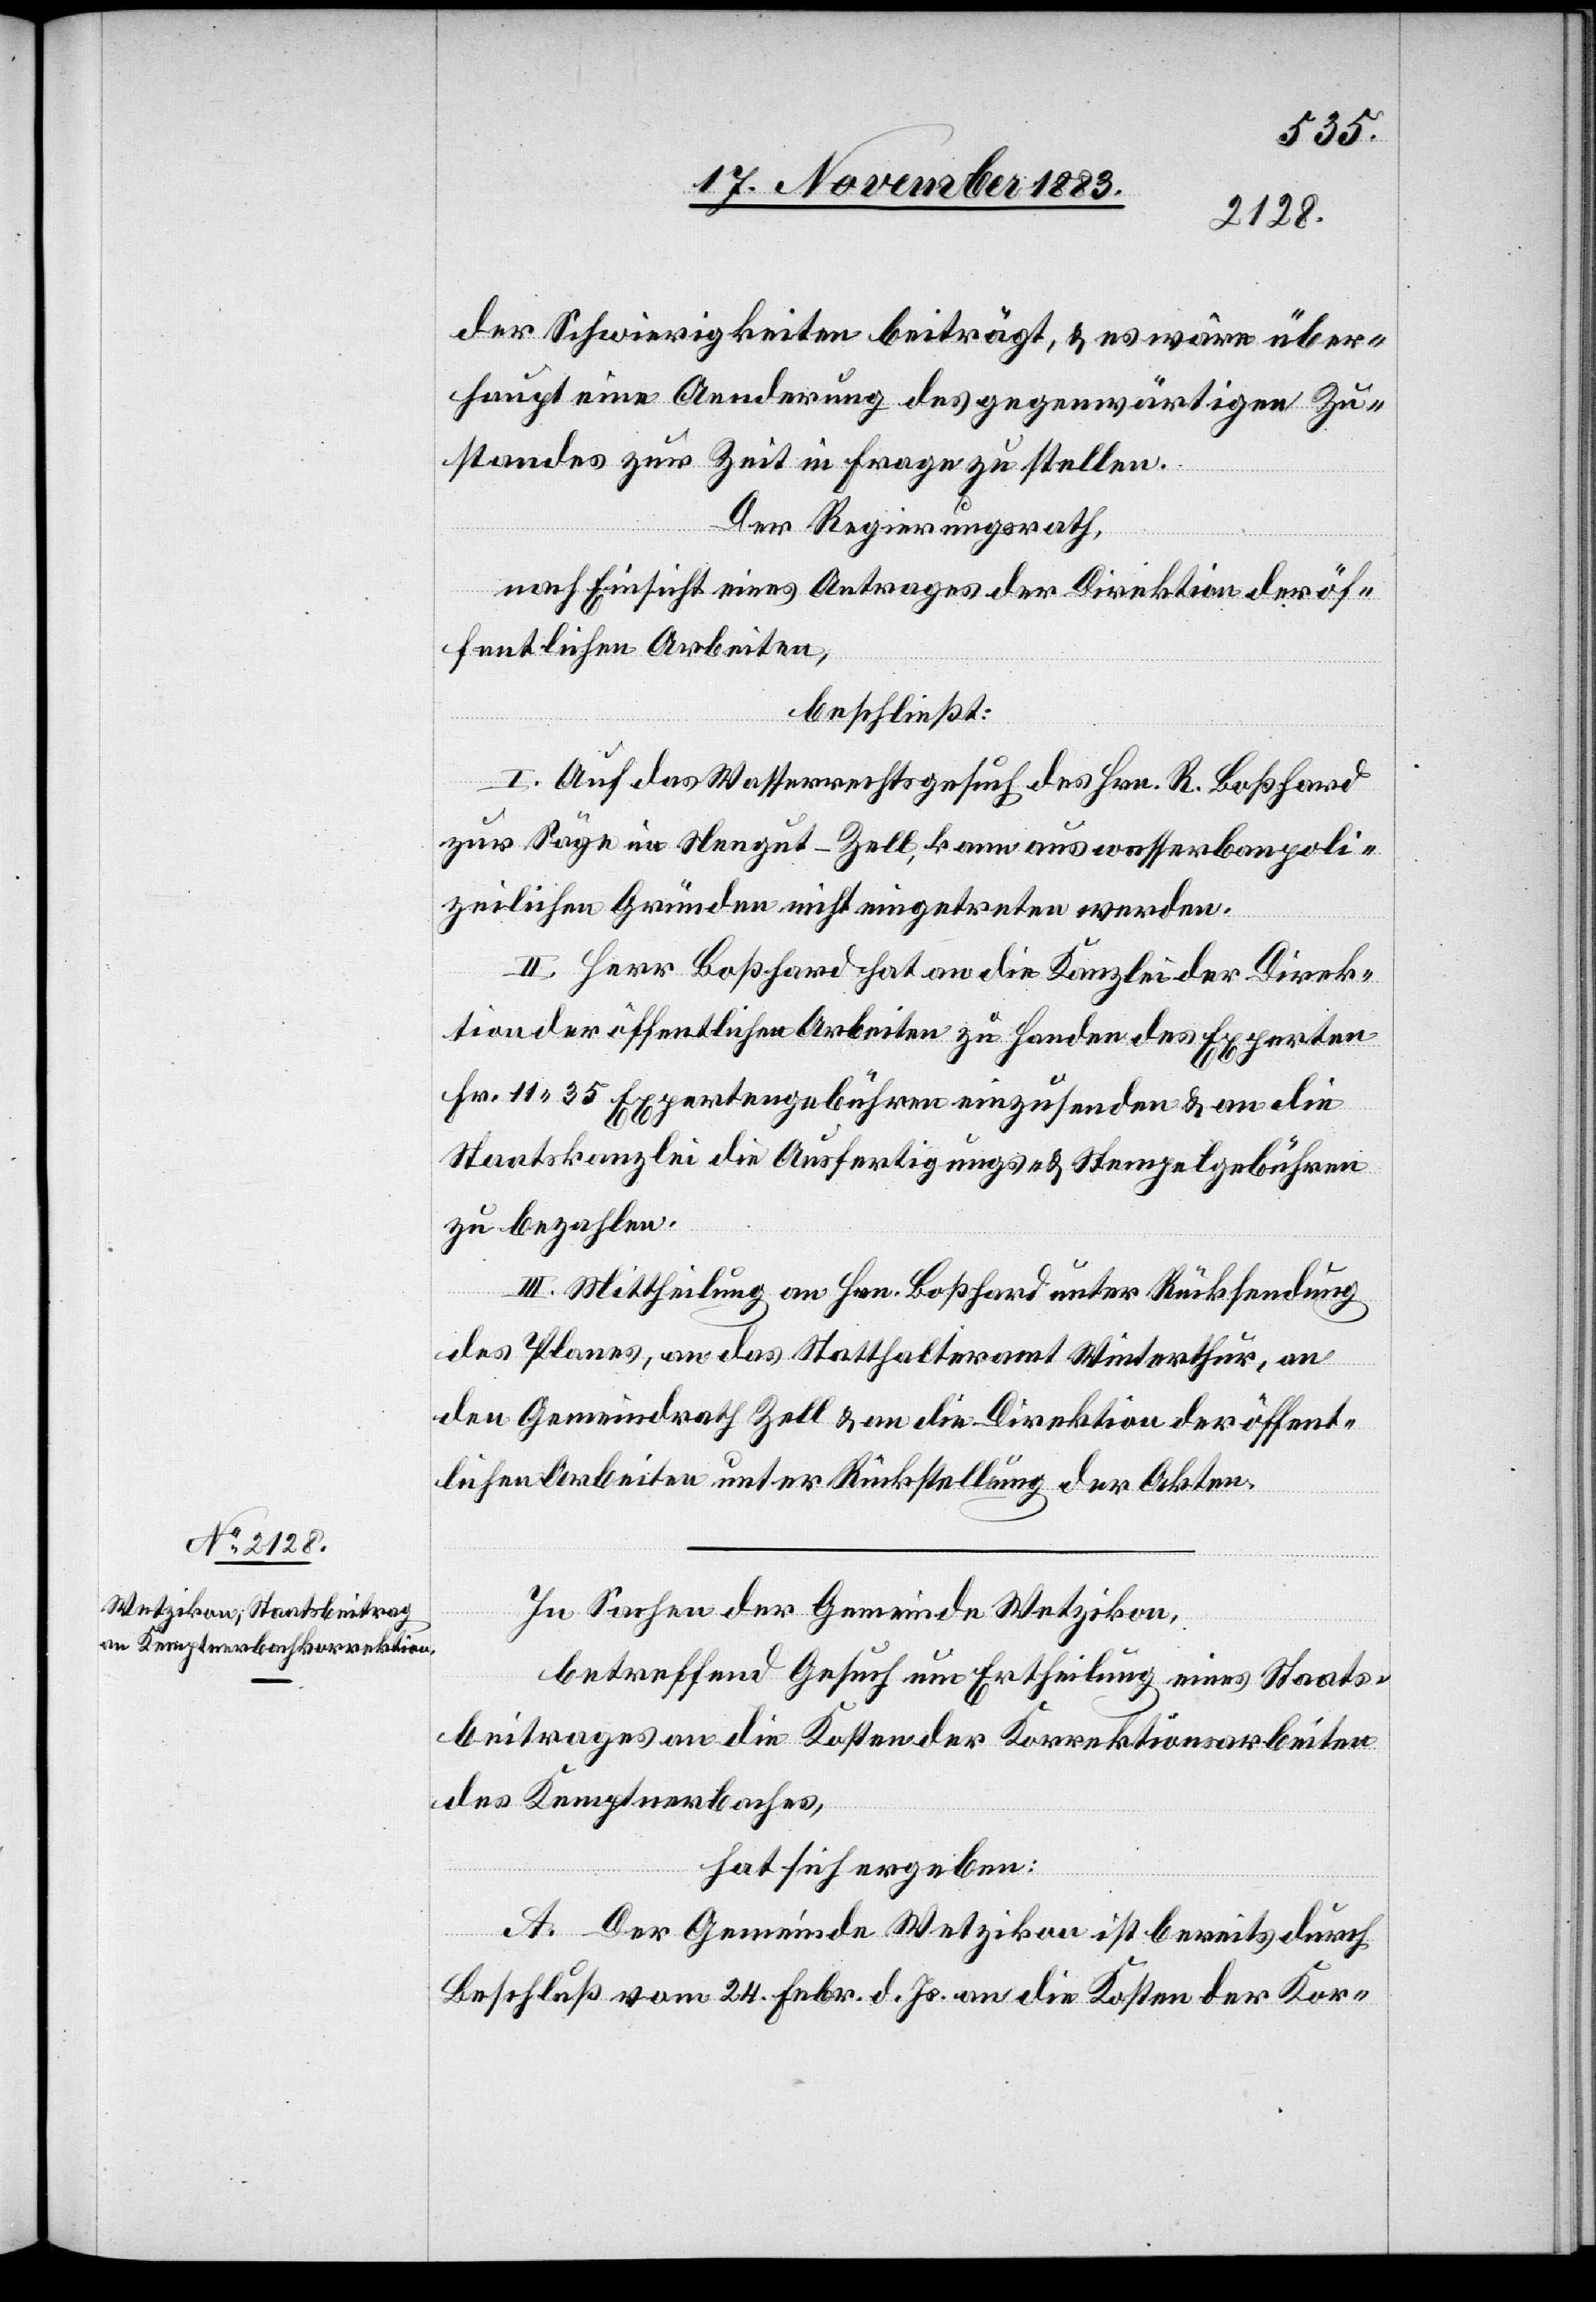
der Schwierigkeiten beiträgt, & es wäre über¬
haupt eine Aenderung des gegenwärtigen Zu¬
standes zur Zeit in Frage zu stellen.
Der Regierungsrath,
nach Einsicht eines Antrages der Direktion der öf¬
fentlichen Arbeiten,
beschließt:
I. Auf das Wasserrechtsgesuch des Hrn. R. Boßhard
zur Säge im Neugut - Zell, kann aus wasserbaupoli¬
zeilichen Gründen nicht eingetreten werden.
II. Herr Boßhard hat an die Kanzlei der Direk¬
tion der öffentlichen Arbeiten zu Handen des Experten
Fr. 11 35 Expertengebühren einzusenden & an die
Staatskanzlei die Ausfertigungs- & Stempelgebühren
zu bezahlen.
III. Mittheilung an Hrn. Boßhard unter Rücksendung
des Planes, an das Statthalteramt Winterthur, an
den Gemeindrath Zell & an die Direktion der öffent¬
lichen Arbeiten unter Rückstellung der Akten.
In Sachen der Gemeinde Wetzikon,
betreffend Gesuch um Ertheilung eines Staats¬
beitrags an die Kosten der Korrektionsarbeiten
des Kemptnerbaches,
hat sich ergeben:
A. Der Gemeinde Wetzikon ist bereits durch
Beschluß vom 24. Febr. d. Js. an die Kosten der Kor-